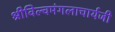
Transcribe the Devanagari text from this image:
श्रीविल्वमंगलाचार्यजी